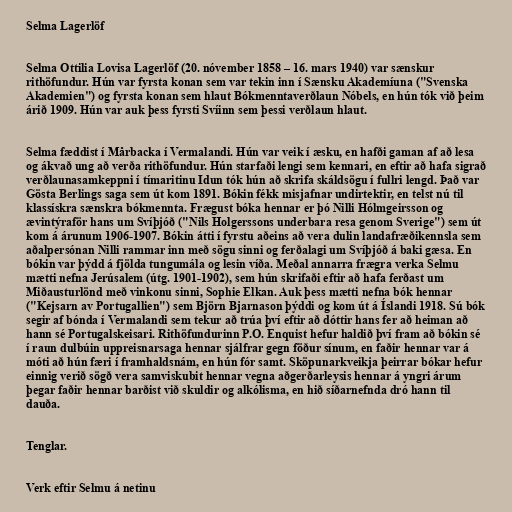
Selma Lagerlöf

Selma Ottilia Lovisa Lagerlöf (20. nóvember 1858 – 16. mars 1940) var sænskur
rithöfundur. Hún var fyrsta konan sem var tekin inn í Sænsku Akademíuna ("Svenska
Akademien") og fyrsta konan sem hlaut Bókmenntaverðlaun Nóbels, en hún tók við þeim
árið 1909. Hún var auk þess fyrsti Svíinn sem þessi verðlaun hlaut.

Selma fæddist í Mårbacka í Vermalandi. Hún var veik í æsku, en hafði gaman af að lesa
og ákvað ung að verða rithöfundur. Hún starfaði lengi sem kennari, en eftir að hafa sigrað
verðlaunasamkeppni í tímaritinu Idun tók hún að skrifa skáldsögu í fullri lengd. Það var
Gösta Berlings saga sem út kom 1891. Bókin fékk misjafnar undirtektir, en telst nú til
klassískra sænskra bókmennta. Frægust bóka hennar er þó Nilli Hólmgeirsson og
ævintýraför hans um Svíþjóð ("Nils Holgerssons underbara resa genom Sverige") sem út
kom á árunum 1906-1907. Bókin átti í fyrstu aðeins að vera dulin landafræðikennsla sem
aðalpersónan Nilli rammar inn með sögu sinni og ferðalagi um Svíþjóð á baki gæsa. En
bókin var þýdd á fjölda tungumála og lesin víða. Meðal annarra frægra verka Selmu
mætti nefna Jerúsalem (útg. 1901-1902), sem hún skrifaði eftir að hafa ferðast um
Miðausturlönd með vinkonu sinni, Sophie Elkan. Auk þess mætti nefna bók hennar
("Kejsarn av Portugallien") sem Björn Bjarnason þýddi og kom út á Íslandi 1918. Sú bók
segir af bónda í Vermalandi sem tekur að trúa því eftir að dóttir hans fer að heiman að
hann sé Portugalskeisari. Rithöfundurinn P.O. Enquist hefur haldið því fram að bókin sé
í raun dulbúin uppreisnarsaga hennar sjálfrar gegn föður sínum, en faðir hennar var á
móti að hún færi í framhaldsnám, en hún fór samt. Sköpunarkveikja þeirrar bókar hefur
einnig verið sögð vera samviskubit hennar vegna aðgerðarleysis hennar á yngri árum
þegar faðir hennar barðist við skuldir og alkólisma, en hið síðarnefnda dró hann til
dauða.

Tenglar.

Verk eftir Selmu á netinu